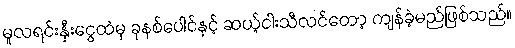
မူလရင်းနှီးငွေထဲမှ ခုနစ်ပေါင်နှင့် ဆယ့်ငါးသီလင်တော့ ကျန်ခဲ့မည်ဖြစ်သည်။